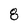
Character: 8